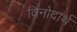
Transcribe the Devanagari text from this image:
विनोदार्थ